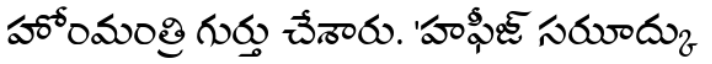
హోంమంత్రి గుర్తు చేశారు. 'హఫీజ్ సరుూద్కు